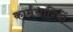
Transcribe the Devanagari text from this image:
कार्मचारियों